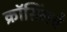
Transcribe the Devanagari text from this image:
क्रॉसिंगचे